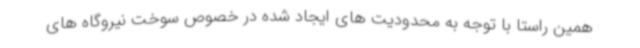
همین راستا با توجه به محدودیت های ایجاد شده در خصوص سوخت نیروگاه های